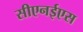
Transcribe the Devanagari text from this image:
सीएनईएस